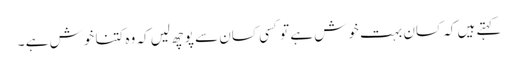
کہتے ہیں کہ کسان بہت خوش ہے تو کسی کسان سے پوچھ لیں کہ وہ کتنا خوش ہے ۔